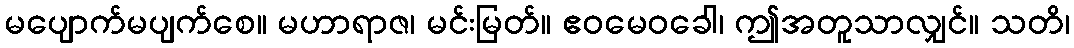
မပျောက်မပျက်စေ။ မဟာရာဇ၊ မင်းမြတ်။ ဧဝမေဝခေါ၊ ဤအတူသာလျှင်။ သတိ၊